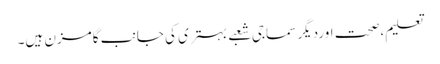
تعلیم،صحت اوردیگر سماجی شعبے بہتری کی جانب گامزن ہیں۔